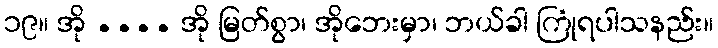
၁၉။ အို .... အို မြတ်စွာ၊ အိုဘေးမှာ၊ ဘယ်ခါ ကြုံရပါသနည်း။